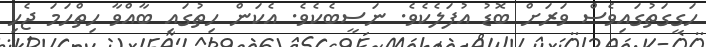
ހަގީގަތުގައިވެސް ވަރަށް ބޮޑު އުފަލެކެވެ. ނަސީބެކެވެ. އެކަން ހިތުގައި ބާއްވާ ހިތްހަމަ ޖެހި